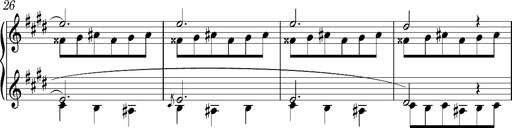
Title: Valses oubliÃ©es
Composer: Franz Liszt